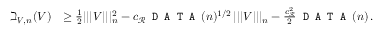
\begin{array} { r l } { \beth _ { \boldsymbol { V } , n } ( \boldsymbol { V } ) } & { \geq \frac { 1 } { 2 } | | | \boldsymbol { V } | | | _ { n } ^ { 2 } - c _ { { \mathcal R } } \texttt { D A T A } ( n ) ^ { 1 / 2 } \, | | | \boldsymbol { V } | | | _ { n } - \frac { c _ { { \mathcal R } } ^ { 2 } } { 2 } \texttt { D A T A } ( n ) \, . } \end{array}